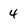
Character: 4